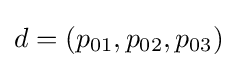
d=(p_{01},p_{02},p_{03})